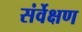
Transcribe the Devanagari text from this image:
संर्वेक्षण